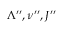
\Lambda ^ { \prime \prime } , \nu ^ { \prime \prime } , J ^ { \prime \prime }